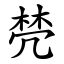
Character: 棾